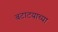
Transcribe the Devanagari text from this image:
बटाटयाच्या